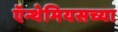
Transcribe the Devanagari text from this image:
ऍन्थेमियसच्या